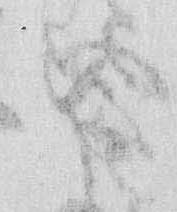
す